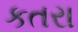
કતરા